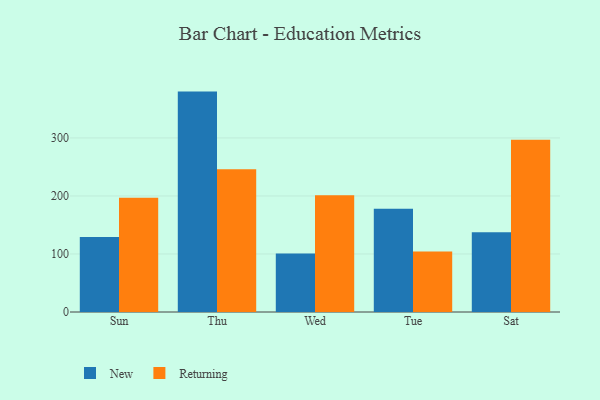
{"axis": {"x": "Day", "y": "Budget (USD K)"}, "legend": ["New", "Returning"], "data": [{"x": "Sun", "y": 129.3, "type": "New"}, {"x": "Sun", "y": 197.0, "type": "Returning"}, {"x": "Thu", "y": 379.9, "type": "New"}, {"x": "Thu", "y": 246.2, "type": "Returning"}, {"x": "Wed", "y": 100.7, "type": "New"}, {"x": "Wed", "y": 201.3, "type": "Returning"}, {"x": "Tue", "y": 178.0, "type": "New"}, {"x": "Tue", "y": 104.2, "type": "Returning"}, {"x": "Sat", "y": 137.5, "type": "New"}, {"x": "Sat", "y": 297.1, "type": "Returning"}]}